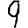
Digit: 9